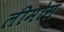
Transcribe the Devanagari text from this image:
लीमोस